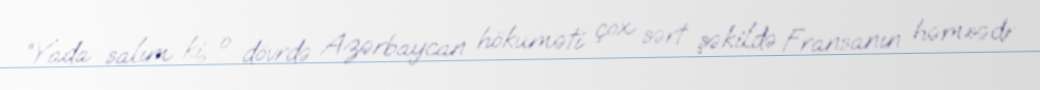
“Yada salım ki, o dövrdə Azərbaycan hökuməti çox sərt şəkildə Fransanın həmsədr